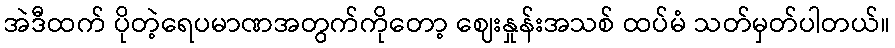
အဲဒီထက် ပိုတဲ့ရေပမာဏအတွက်ကိုတော့ ဈေးနှုန်းအသစ် ထပ်မံ သတ်မှတ်ပါတယ်။